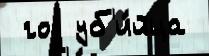
 год уб'и́йца